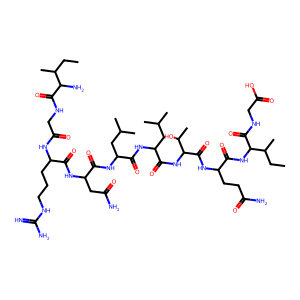
SMILES: CCC(C)C(N)C(=O)NCC(=O)NC(CCCNC(=N)N)C(=O)NC(CC(N)=O)C(=O)NC(CC(C)C)C(=O)NC(CC(C)C)C(=O)NC(C(=O)NC(CCC(N)=O)C(=O)NC(C(=O)NCC(=O)O)C(C)CC)C(C)O
Inhibits HIV replication: No